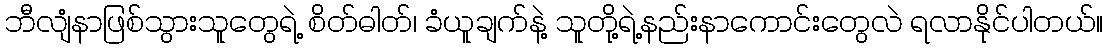
ဘီလျံနာဖြစ်သွားသူတွေရဲ့ စိတ်ဓါတ်၊ ခံယူချက်နဲ့ သူတို့ရဲ့နည်းနာကောင်းတွေလဲ ရလာနိုင်ပါတယ်။